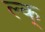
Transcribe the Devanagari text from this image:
ल्क्